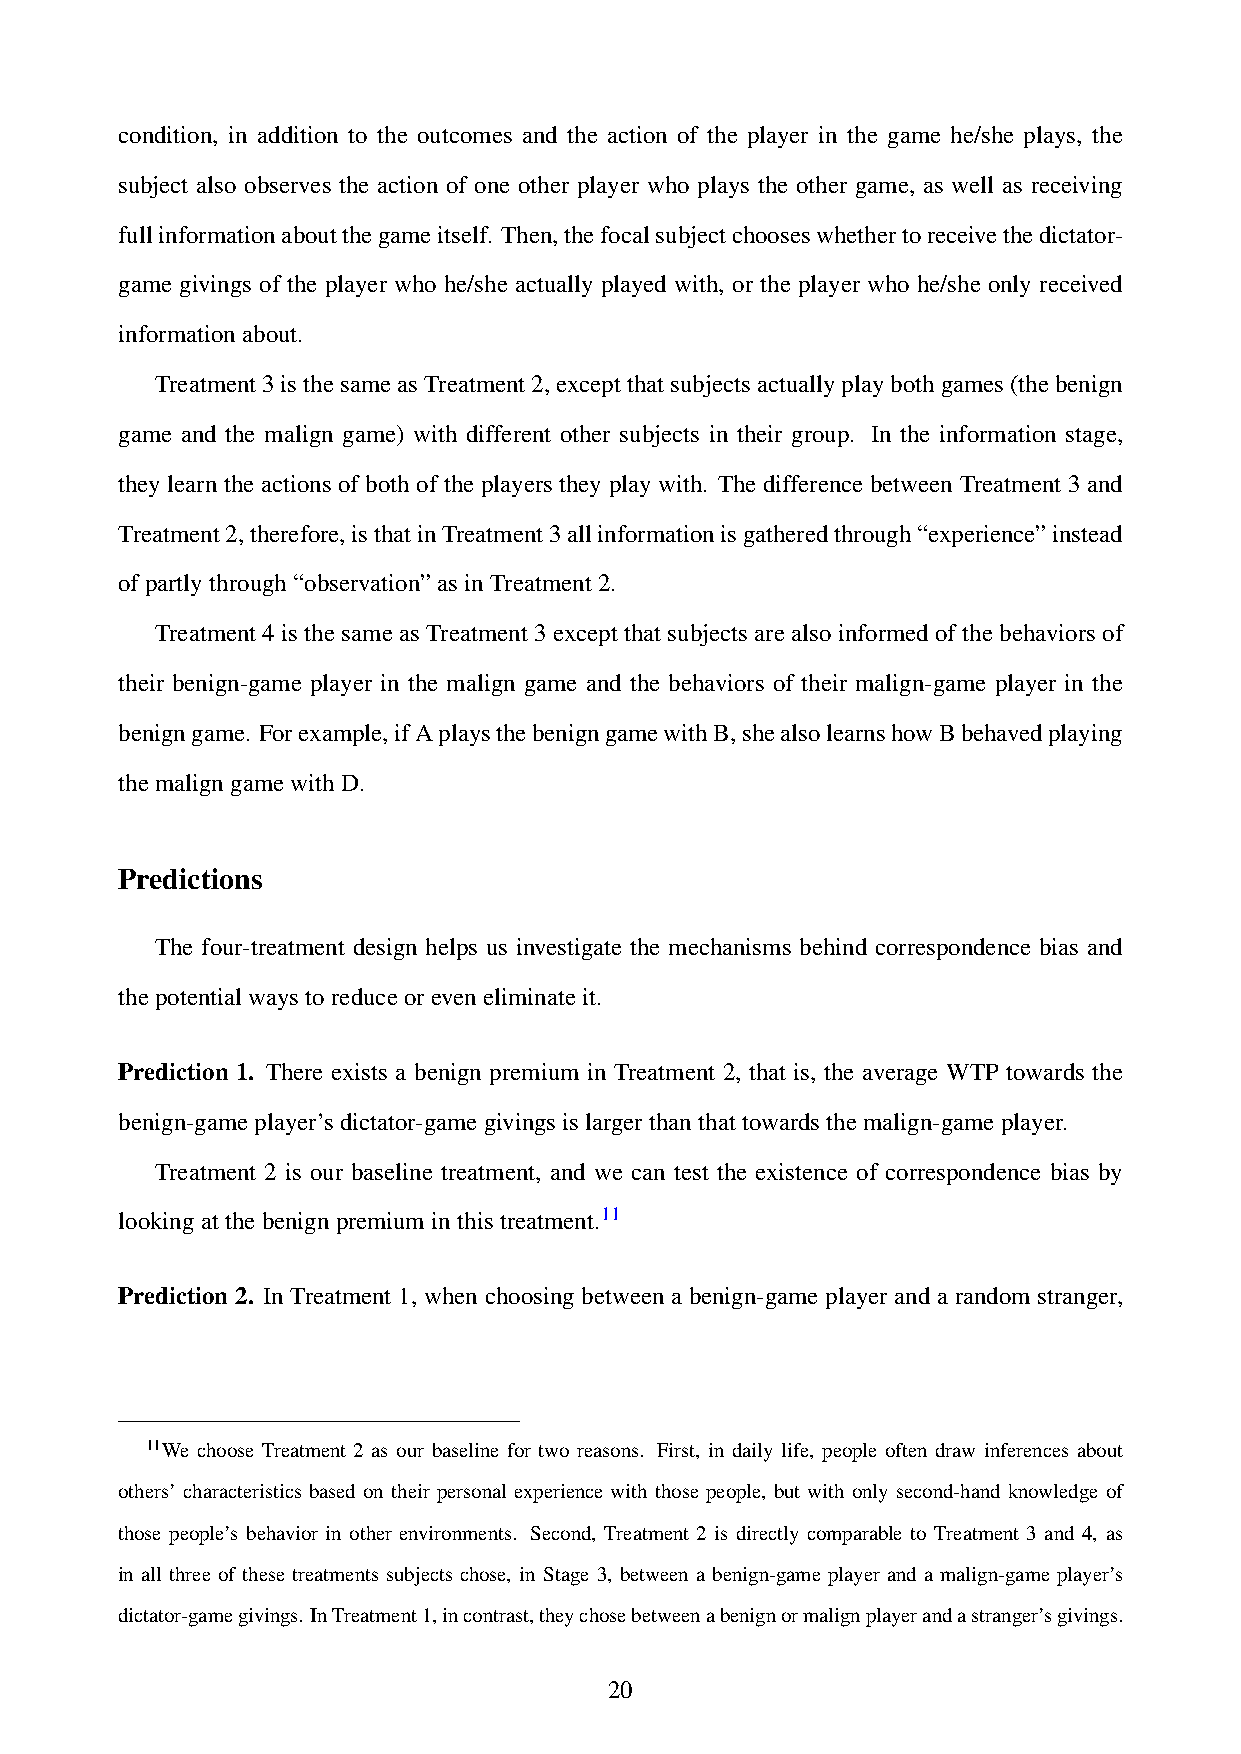
condition, in addition to the outcomes and the action of the player in the game he/she plays, the
 subject also observes the action of one other player who plays the other game, as well as receiving
 fullinformationaboutthegameitself. Then,thefocalsubjectchooseswhethertoreceivethedictator-
 game givings of the player who he/she actually played with, or the player who he/she only received
 informationabout.
 Treatment3isthesameasTreatment2,exceptthatsubjectsactuallyplaybothgames(thebenign
 game and the malign game) with different other subjects in their group. In the information stage,
 they learn the actions of both of the players they play with. The difference between Treatment 3 and
 Treatment2,therefore,isthatinTreatment3allinformationisgatheredthrough“experience”instead
 ofpartlythrough“observation”asinTreatment2.
 Treatment 4 is the same as Treatment 3 except that subjects are also informed of the behaviors of
 their benign-game player in the malign game and the behaviors of their malign-game player in the
 benigngame. Forexample,ifAplaysthebenigngamewithB,shealsolearnshowBbehavedplaying
 themaligngamewithD.
 Predictions
 The four-treatment design helps us investigate the mechanisms behind correspondence bias and
 thepotentialwaystoreduceoreveneliminateit.
 Prediction 1. There exists a benign premium in Treatment 2, that is, the average WTP towards the
 benign-gameplayer’sdictator-gamegivingsislargerthanthattowardsthemalign-gameplayer.
 Treatment 2 is our baseline treatment, and we can test the existence of correspondence bias by
 lookingatthebenignpremiuminthistreatment.11
 Prediction 2. In Treatment 1, when choosing between a benign-game player and a random stranger,
 11We choose Treatment 2 as our baseline for two reasons. First, in daily life, people often draw inferences about
 others’ characteristics based on their personal experience with those people, but with only second-hand knowledge of
 those people’s behavior in other environments. Second, Treatment 2 is directly comparable to Treatment 3 and 4, as
 in all three of these treatments subjects chose, in Stage 3, between a benign-game player and a malign-game player’s
 dictator-gamegivings. InTreatment1,incontrast,theychosebetweenabenignormalignplayerandastranger’sgivings.
 20